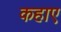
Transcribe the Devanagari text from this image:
कहाए